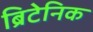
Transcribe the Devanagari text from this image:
ब्रिटेनिक